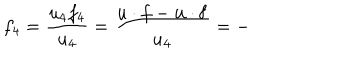
f _ { 4 } = \frac { u _ { 4 } f _ { 4 } } { u _ { 4 } } = \frac { u \cdot f - \mathbf { u } \cdot \mathbf { f } } { u _ { 4 } } = -